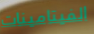
الفيتامينات